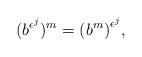
LaTeX: \begin{align*}{(b^{\epsilon^{j}}})^{m} = {(b^m)}^{\epsilon^{j}},\end{align*}